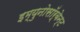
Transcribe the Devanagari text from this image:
इम्युनोसॉर्बेन्ट